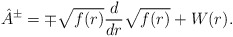
\begin{align*} \hat{A}^{\pm} = \mp \sqrt{f(r)} \frac{d}{dr} \sqrt{f(r)} + W(r). \end{align*}